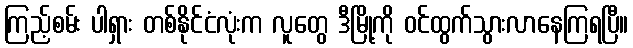
ကြည့်စမ်း ပါရှား တစ်နိုင်ငံလုံးက လူတွေ ဒီမြို့ကို ဝင်ထွက်သွားလာနေကြရပြီ။